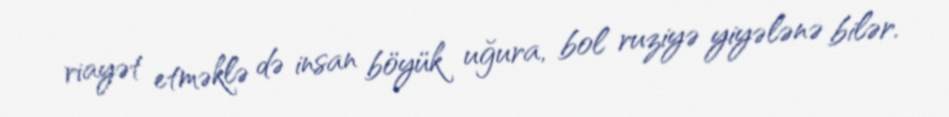
riayət etməklə də insan böyük uğura, bol ruziyə yiyələnə bilər.